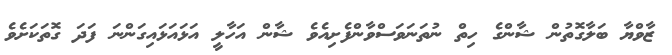
ޒާވްޔާ ބަލާގޮތުން ޝާންގެ ހިތް ނުތަނަވަސްވާންފެށިއެވެ ޝާން އަހާލީ އަޅައަޅައިގަންނަ ފަދަ ގޮތަކަށެވެ